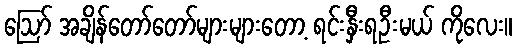
ဩော် အချိန်တော်တော်များများတော့ ရင်းနှီးရဦးမယ် ကိုလေး။